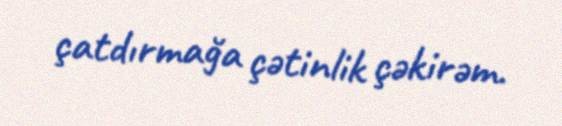
çatdırmağa çətinlik çəkirəm.